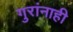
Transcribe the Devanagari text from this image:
गुरांनाही